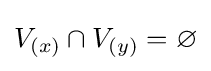
V_{(x)}\cap V_{(y)}=\varnothing